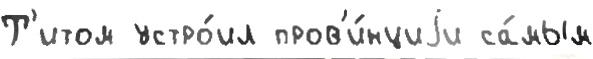
Т'итом устро́ил пров'и́нциjи са́мым